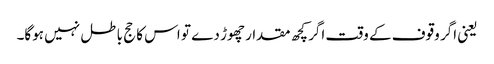
یعنی اگر وقوف کے وقت اگر کچھ مقدار چھوڑ دے تو اس کا حج باطل نہیں ہوگا۔